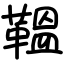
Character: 鞰